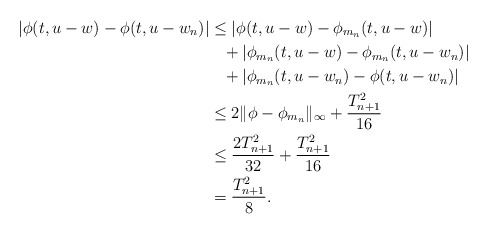
\begin{align*} |\phi(t, u - w) - \phi(t, u- w_n)| &\leq |\phi(t, u-w) - \phi_{m_n} (t, u-w)| \\&\phantom{\leq} {}+ |\phi_{m_n}(t, u-w) - \phi_{m_n}(t, u-w_n)| \\&\phantom{\leq} {}+ |\phi_{m_n}(t, u-w_n) - \phi(t , u-w_n)|\\&\leq 2 \|\phi - \phi_{m_n}\|_{\infty} + \frac{T_{n+1}^2}{16} \\& \leq \frac{2 T_{n+1}^2}{32} + \frac{T_{n+1}^2}{16}\\& = \frac{T_{n+1}^2}{8}.\end{align*}